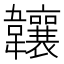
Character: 𬰰